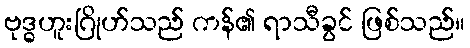
ဗုဒ္ဓဟူးဂြိုဟ်သည် ကန်၏ ရာသီခွင် ဖြစ်သည်။